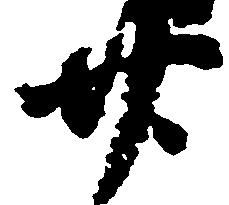
廿